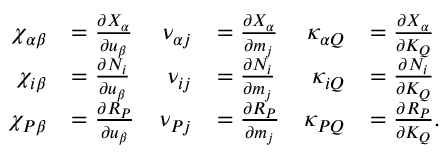
\begin{array} { r l r l r l } { \chi _ { \alpha \beta } } & { = \frac { \partial X _ { \alpha } } { \partial u _ { \beta } } } & { \nu _ { \alpha j } } & { = \frac { \partial X _ { \alpha } } { \partial m _ { j } } } & { \kappa _ { \alpha Q } } & { = \frac { \partial X _ { \alpha } } { \partial K _ { Q } } } \\ { \chi _ { i \beta } } & { = \frac { \partial N _ { i } } { \partial u _ { \beta } } } & { \nu _ { i j } } & { = \frac { \partial N _ { i } } { \partial m _ { j } } } & { \kappa _ { i Q } } & { = \frac { \partial N _ { i } } { \partial K _ { Q } } } \\ { \chi _ { P \beta } } & { = \frac { \partial R _ { P } } { \partial u _ { \beta } } } & { \nu _ { P j } } & { = \frac { \partial R _ { P } } { \partial m _ { j } } } & { \kappa _ { P Q } } & { = \frac { \partial R _ { P } } { \partial K _ { Q } } . } \end{array}